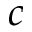
c